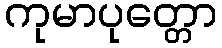
ကုမာပုတ္တော